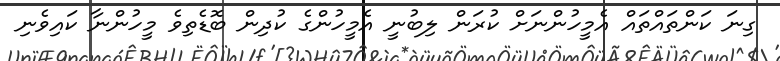
ގިނަ ކަންތައްތައް އެމީހުންނަށް ކުރަން ލިބުނީ އެމީހުންގެ ކުދިން ބޮޑެތިވެ މީހުންނާ ކައިވެނި